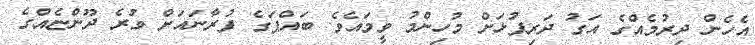
އެހެން ދިރުމެއްގެ އަގު ދަރިފުޅަށް މުހިންމު ވީމައެވެ. ބައްޕަގެ ފުރާނައަށް ވުރެ ދޫންޏެއްގެ